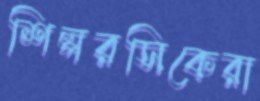
শিল্পরসিকেরা